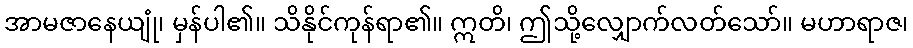
အာမဇာနေယျုံ၊ မှန်ပါ၏။ သိနိုင်ကုန်ရာ၏။ ဣတိ၊ ဤသို့လျှောက်လတ်သော်။ မဟာရာဇ၊